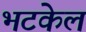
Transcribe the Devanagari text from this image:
भटकेल